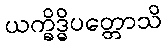
ယက္ခိဒ္ဓိပတ္တောသိ